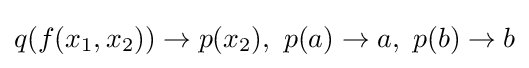
q(f(x_{1},x_{2}))\to p(x_{2}),\ p(a)\to a,\ p(b)\to b